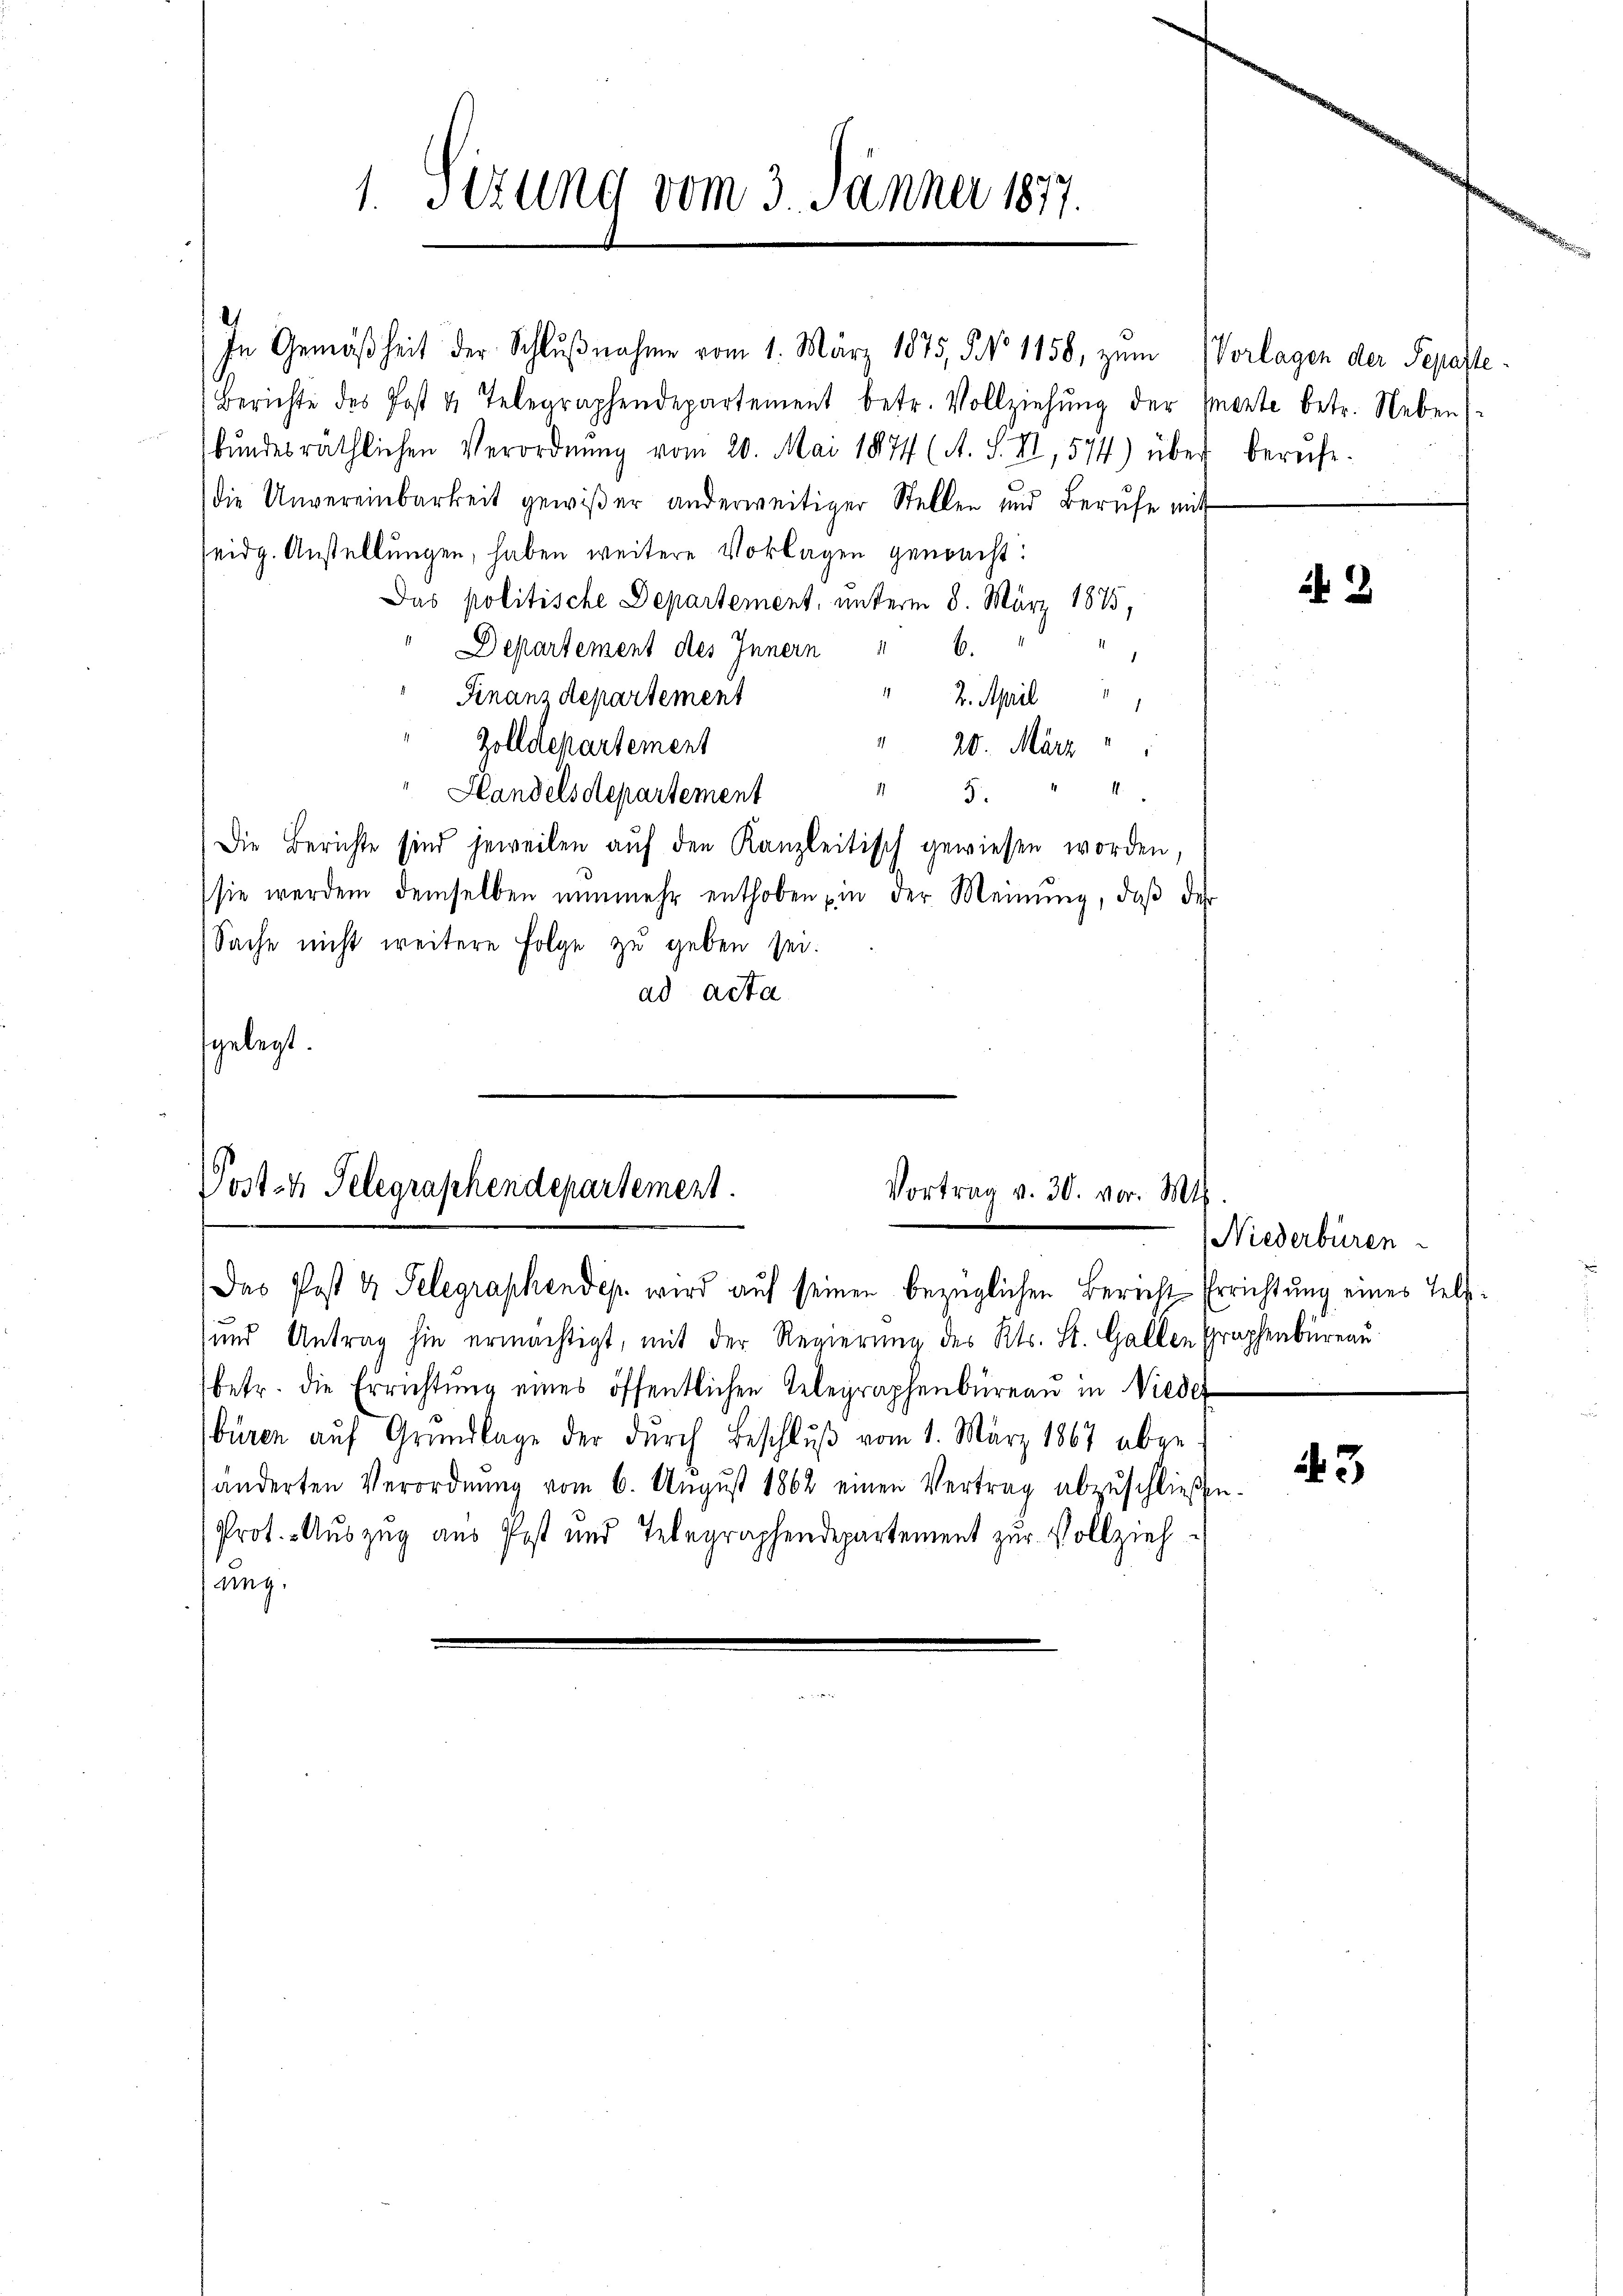
1. Sizung vom 3. Jänner 1877.

Berichte des Post 4. Telegraphendepartement betr. Vollziehŭng der erte betr. Neben)
bŭndesräthlichen Verordnŭng vom 20. Mai 1874 (A. S. II, 574) über berŭfe.
die Unvereinbarkeit gewißer anderweitiger Stellen und Berufe mit
seidg. Anstellungen, haben weitere Vorlagen gemacht:
Das politische Departement, unterm 8. März 1875,
Departement des Innern " 6.
Finanz Repartement
2. April 1
Zolldepartement
20. März
.
Handelsdepartement
5
Die Berichte sind jeweilen auf den Kanzleitisch gewiesen worden,
sie werden demselben nŭnmehr enthoben in der Meinŭng, daβ der
Sache nicht weitere Folge zu geben sei.
ad acta
fgelegt.

In Gemäßheit der Schlŭβnahme vom 1. März 1875, 5 No 1158, zum Vorlagen der Sepaste

Post 4 Telegraphendepartement.
Vortrag v. 30. vor. Mts
Das Post 4 Telegraphendep. wird auf seinen bezüglichen Berecht Errichtung eines Tele¬

und Antrag hin ermächtigt, mit der Regierung des Kts. St. Gallen Graphenbureau
betr. die Errichtŭng eines öffentlichen Telegraphenbüreau in Nieder
büren auf Grundlage der durch Beschluß vom 1. März 1867 abgehänderten Verordnŭng vom 6. Aŭgŭst 1862 einen Vertrag abzŭschließe
Prot. Auszug aus Post und Telegraphendepartement zur Vollziehweg.

2

Niederbüren

3